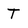
Character: T